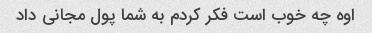
اوه چه خوب است فکر کردم به شما پول مجانی داد